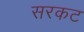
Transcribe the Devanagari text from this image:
सरकट